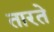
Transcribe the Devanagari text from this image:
तारते